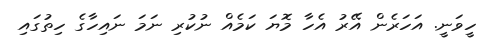
ހީވަނީ. އަހަރެން އޭރު އެހާ މޮޔަ ކަމެއް ނުކުރި ނަމަ ނައިހާގެ ހިތުގައި